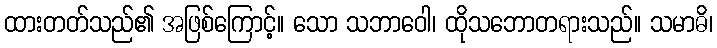
ထားတတ်သည်၏ အဖြစ်ကြောင့်။ သော သဘာဝေါ၊ ထိုသဘောတရားသည်။ သမာဓိ၊